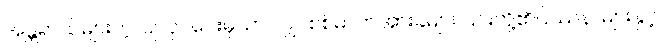
အန္တရာယ်များတဲ့ ပြုလုပ်ပေးမှသာ လျှပ်စစ်ဓာတ်အားခများ ၎င်းတို့၏ပြဿနာများနှင့်